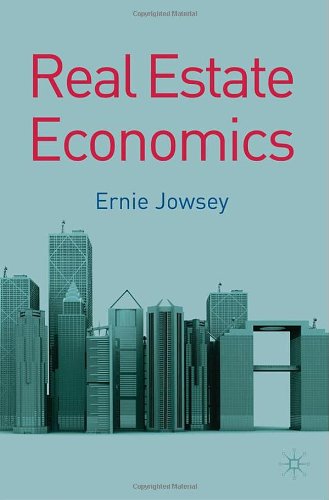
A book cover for Real Estate Economics; Ernie Jowsey; Business & Money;